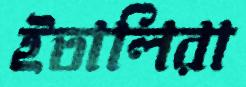
ইতালিরা